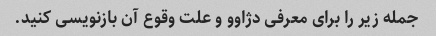
جمله زیر را برای معرفی دژاوو و علت وقوع آن بازنویسی کنید.